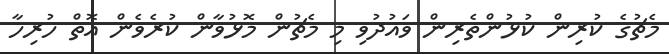
މެޗުގެ ކުރިން ކުޅުންތެރިން ވައުދުވި މި މެޗުން މޮޅުވާން ކުރެވެން އޮތް ހުރިހާ